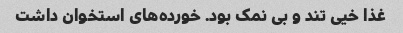
غذا خیی تند و بی نمک بود. خورده‌های استخوان داشت